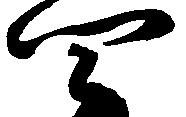
四